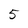
Character: 5